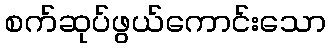
စက်ဆုပ်ဖွယ်ကောင်းသော